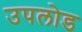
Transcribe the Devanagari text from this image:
उपलोड